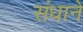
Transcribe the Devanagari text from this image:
संधाने